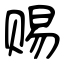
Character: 赐